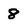
Character: 8